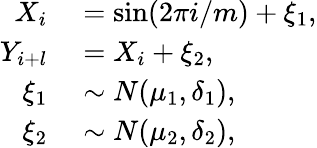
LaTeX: \begin{array}{rl}{X_{i}}&{{}=\sin(2\pi i/m)+\xi_{1},}\\ {Y_{i+l}}&{{}=X_{i}+\xi_{2},}\\ {\xi_{1}}&{{}\sim N(\mu_{1},\delta_{1}),}\\ {\xi_{2}}&{{}\sim N(\mu_{2},\delta_{2}),}\end{array}